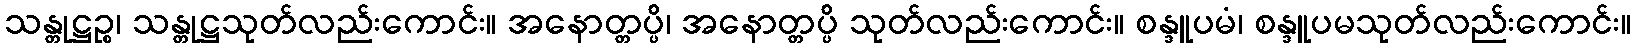
သန္တုဋ္ဌဉ္စ၊ သန္တုဋ္ဌသုတ်လည်းကောင်း။ အနောတ္တပ္ပိ၊ အနောတ္တပ္ပိ သုတ်လည်းကောင်း။ စန္ဒူပမံ၊ စန္ဒူပမသုတ်လည်းကောင်း။